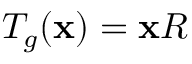
T _ { g } ( \mathbf { x } ) = \mathbf { x } R